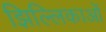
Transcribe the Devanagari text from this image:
झिल्लिकाओं